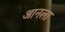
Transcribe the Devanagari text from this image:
आनला